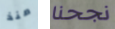
منذ نجحنا